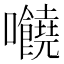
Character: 𡆁